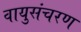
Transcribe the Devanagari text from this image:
वायुसंचरण